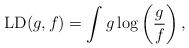
LaTeX: \begin{align*} {\rm LD}(g,f)= \int g \log \left(\frac{g}{f}\right),\end{align*}